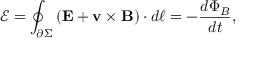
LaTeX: { \mathcal { E } } = \oint _ { \partial \Sigma } \left( \mathbf { E } + \mathbf { v \times B } \right) \cdot d { \boldsymbol { \ell } } = - { \frac { d \Phi _ { B } } { d t } } ,